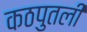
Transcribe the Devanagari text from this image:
कठपुतली